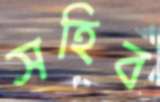
সহিব